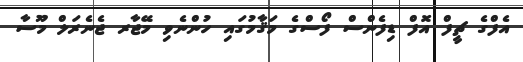
އެފްގެ ޗީފް އޮފް ޑިފެންސް ފޯސްގެ މަޤާމުގައި ހުންނެވި މޭޖާރ ޖެނެރަލް މޫސާ